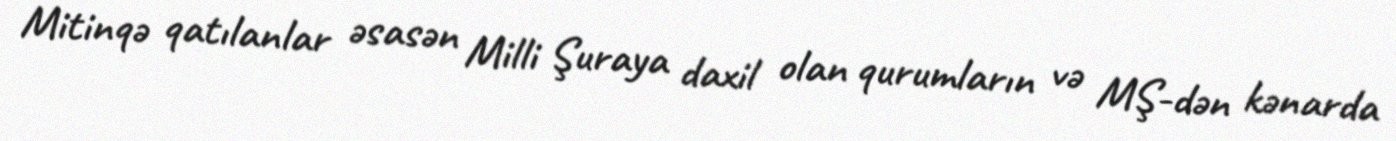
Mitinqə qatılanlar əsasən Milli Şuraya daxil olan qurumların və MŞ-dən kənarda